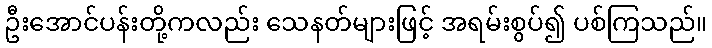
ဦးအောင်ပန်းတို့ကလည်း သေနတ်များဖြင့် အရမ်းစွပ်၍ ပစ်ကြသည်။